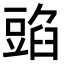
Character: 𧯰